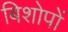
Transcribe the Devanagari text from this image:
बिशोपों